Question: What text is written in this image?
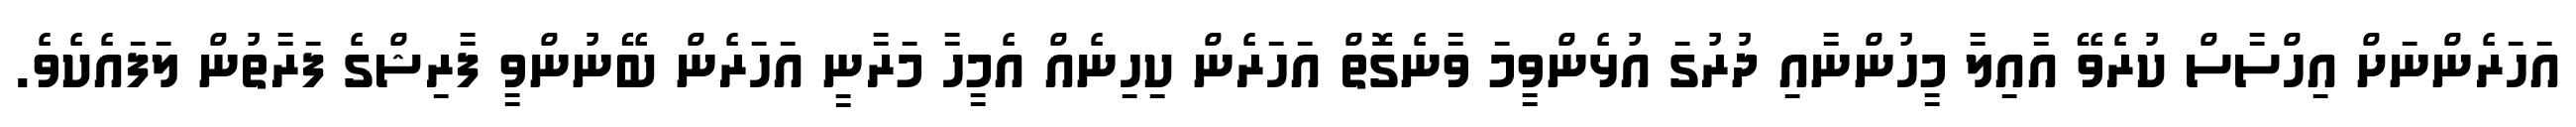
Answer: އަހަރެންނަށް އިހްސާސް ކުރެވޭ އާއިލާ މީހުންނާއި ދުރުގަ އުޅެންވީމަ ވާނެގޮތް އަހަރެން ކިހިނެއް އެމީހާ މަރާނީ އަހަރެން ބޭނުންވީ ފާރިޝްގެ ފަރާތުން ލަފައެކެވެ.